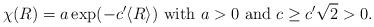
LaTeX: \begin{align*}\chi (R)=a\exp (-c'\langle R\rangle) ~\mbox{with}~ a>0 ~\mbox{and}~ c\geq c'\sqrt{2}>0. \end{align*}